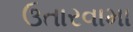
ઉતારવામા